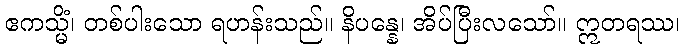
ဧကသ္မိံ၊ တစ်ပါးသော ရဟန်းသည်။ နိပန္နေ၊ အိပ်ပြီးလသော်။ ဣတရဿ၊